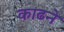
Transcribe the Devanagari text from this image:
काढने